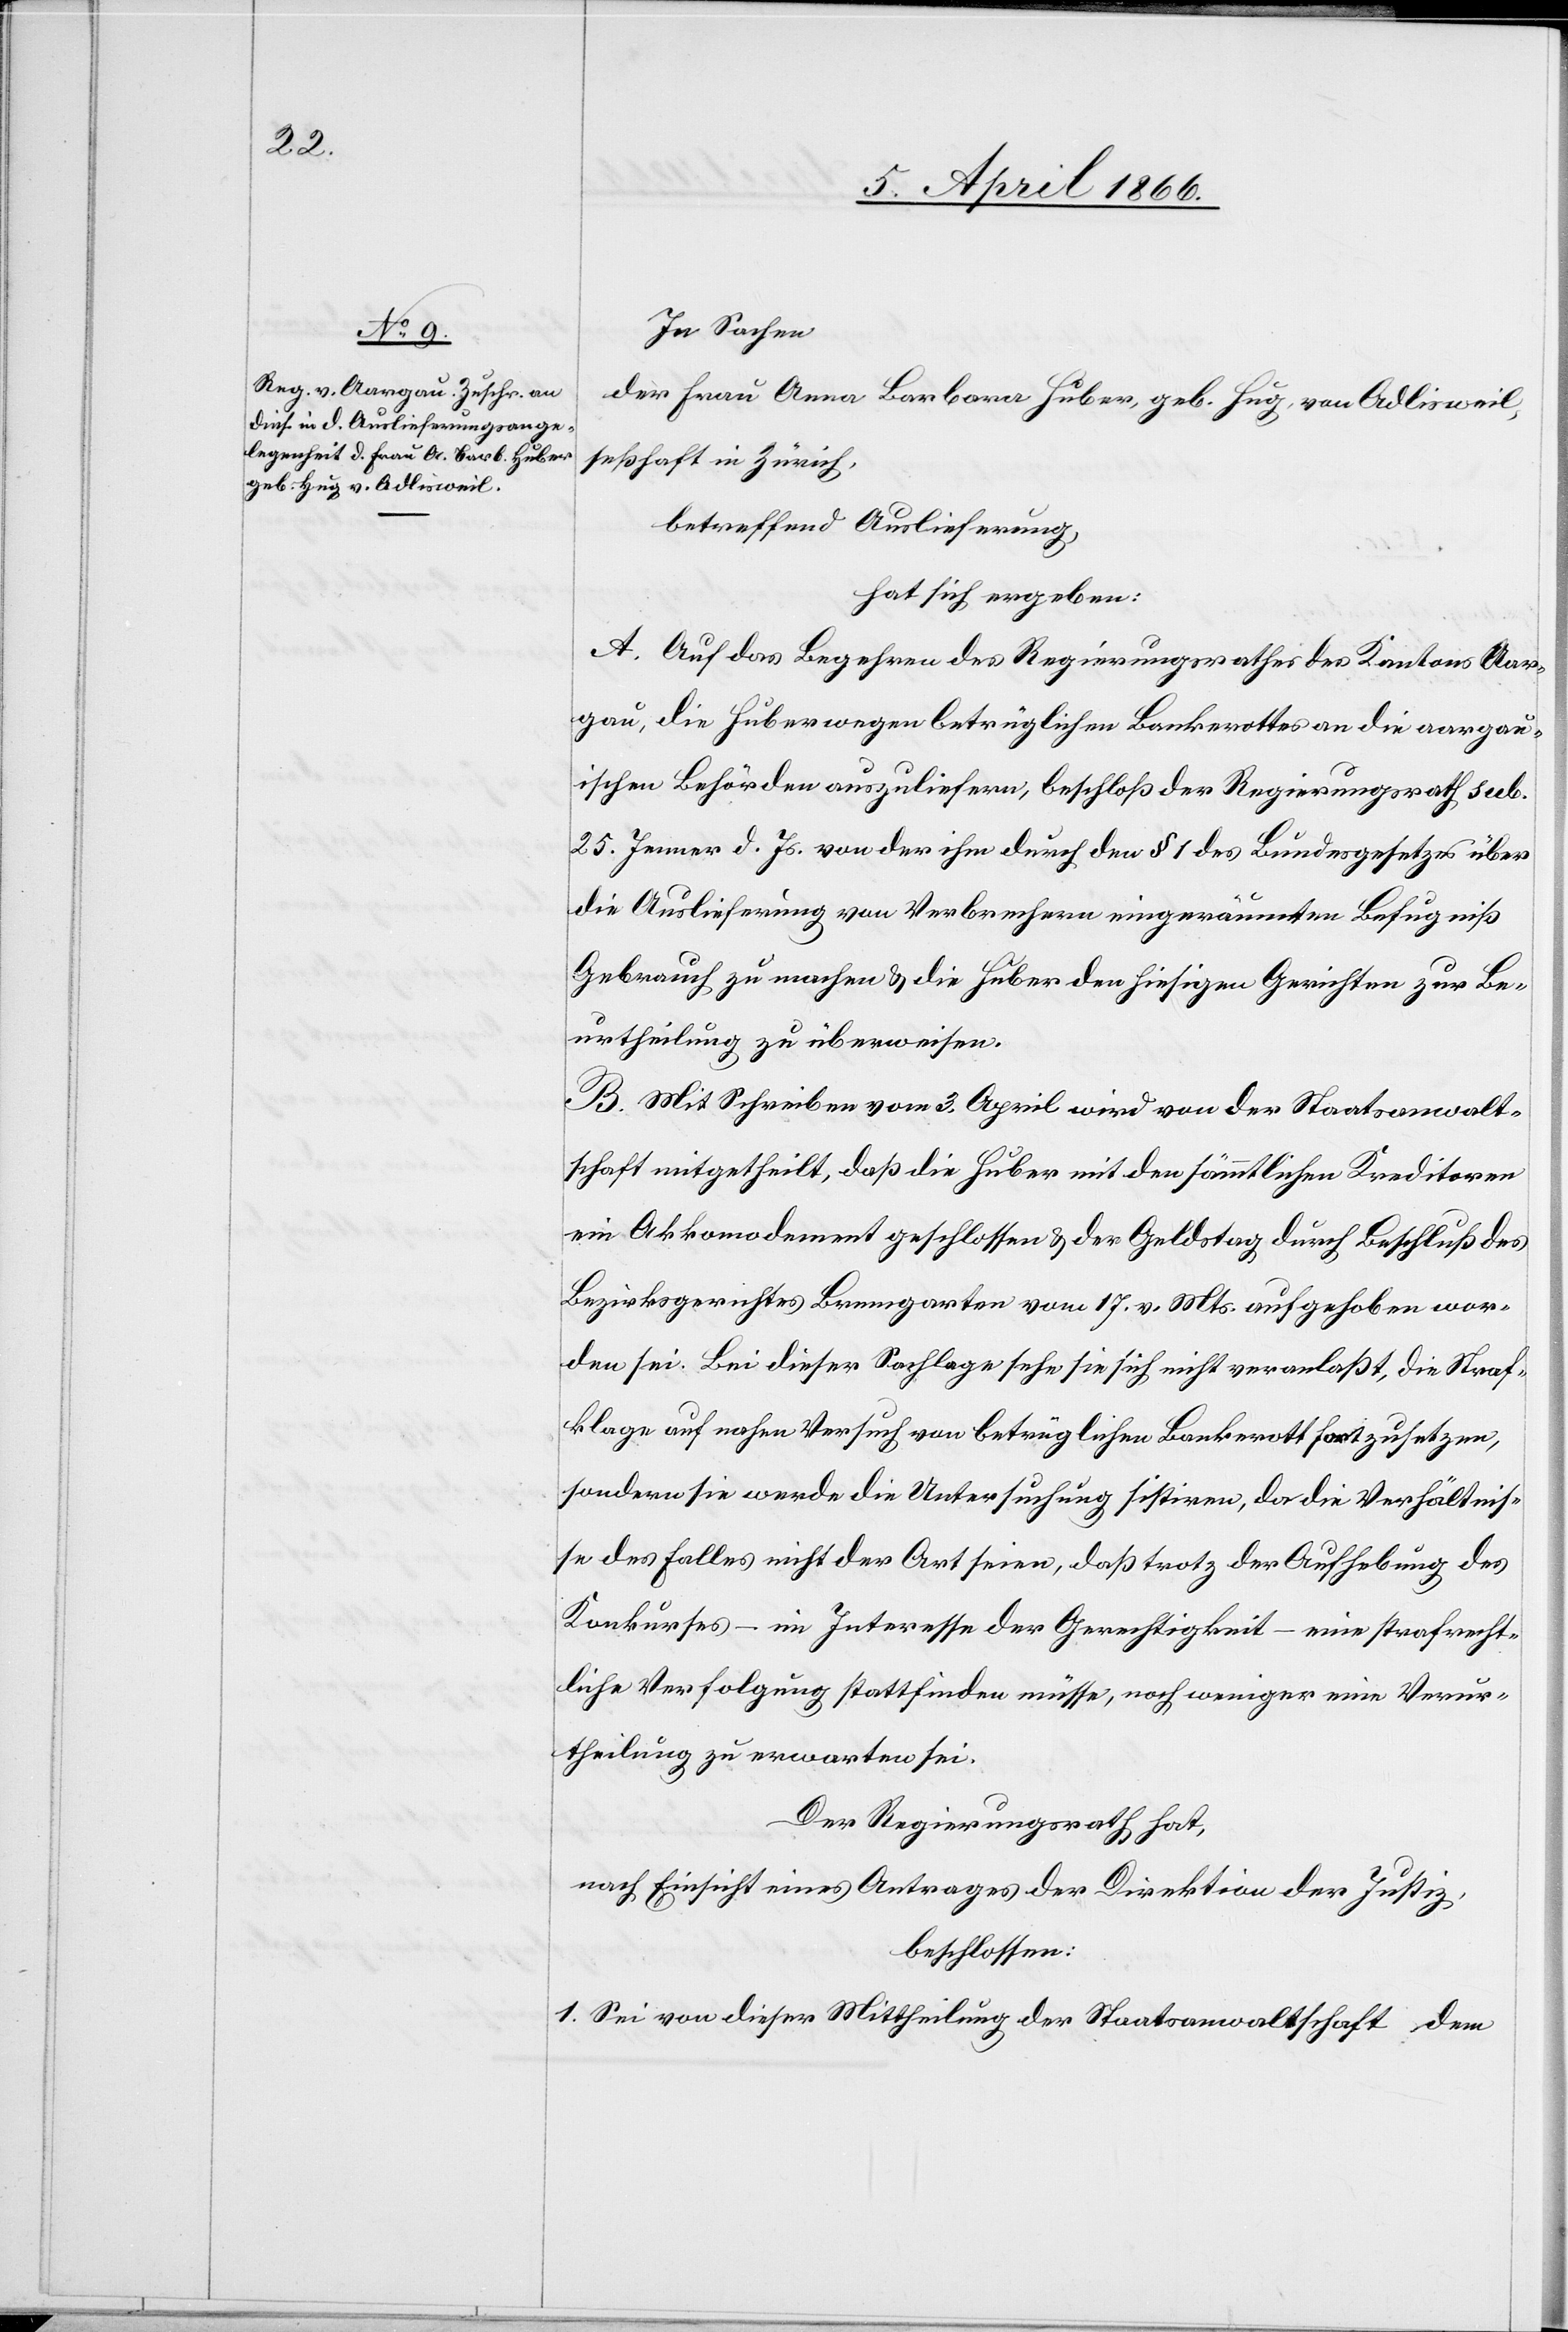
In Sachen
der Frau Anna Barbara Huber, geb. Hug, von Adlisweil,
seßhaft in Zürich,
betreffend Auslieferung,
hat sich ergeben:
A. Auf das Begehren des Regierungsrathes des Kantons Aar¬
gau, die Huber wegen betrüglichen Bankrottes an die aargau¬
ischen Behörden auszuliefern, beschloß der Regierungsrath sub.
25. Jenner d. Js. von der ihm durch den § 1 des Bundesgesetzes über
die Auslieferung von Verbrechern eingeräumten Befugniß
Gebrauch zu machen u. die Huber den hiesigen Gerichten zur Be¬
urtheilung zu überweisen.
B. Mit Schreiben vom 3. April wird von der Staatsanwalt¬
schaft mitgetheilt, daß die Huber mit den sämmtlichen Kreditoren
ein Akkomodement geschlossen u. der Geldstag durch Beschluß des
worden sei. Bei dieser Sachlage sehe sie sich nicht veranlaßt, die Straf¬
lage auf nahen Versuch von betrüglichen Bankrott fortzusetzen,
sondern sie werde die Untersuchung sistiren, da die Verhältnis¬
se des Falles nicht der Art seien, daß trotz der Aufhebung des
Konkurses – im Interesse der Gerechtigkeit – eine strafrecht¬
liche Verfolgung stattfinden müsse, noch weniger eine Verur¬
theilung zu erwarten sei.
Der Regierungsrath hat,
nach Einsicht eines Antrages der Direktion der Justiz,
beschlossen:
1. Sei von dieser Mittheilung der Staatsanwaltschaft dem